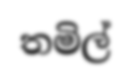
තමිල්